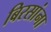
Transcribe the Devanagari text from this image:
बिरसांना